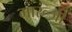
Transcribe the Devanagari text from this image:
मारूंजी